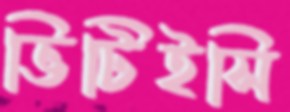
ভিটিইসি